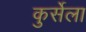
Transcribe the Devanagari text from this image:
कुर्सेला